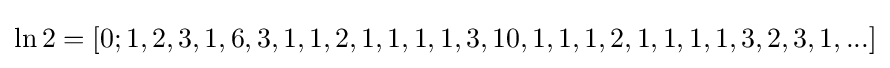
\ln 2=\left[0;1,2,3,1,6,3,1,1,2,1,1,1,1,3,10,1,1,1,2,1,1,1,1,3,2,3,1,...\right]